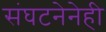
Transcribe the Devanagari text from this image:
संघटनेनेही